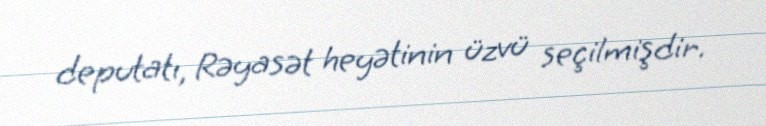
deputatı, Rəyasət heyətinin üzvü seçilmişdir.